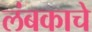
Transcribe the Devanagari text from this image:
लंबकाचे